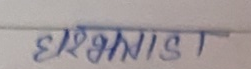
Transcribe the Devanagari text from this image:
सिंगिस्ट